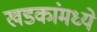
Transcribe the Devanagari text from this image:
खडकांंमध्ये